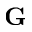
{ \bf G }